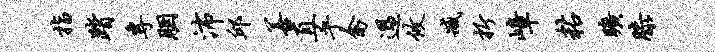
指踏专胭沛邱善直乎禽过攸臧折嶂粘旷膝